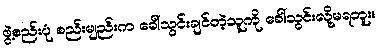
ဖွဲ့စည်းပုံ စည်းမျည်းက ခေါ်သွင်းချင်တဲ့သူကို ခေါ်သွင်းလို့မရဘူး။